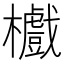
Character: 𣟵